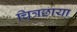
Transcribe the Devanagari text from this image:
चित्रछाया